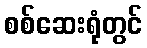
စစ်ဆေးရုံတွင်